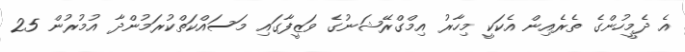
އެ ދެމީހުންގެ ތެރެއިން އެކަކީ މިހާރު އިމްގްރޭޝަނުގެ ވަޒީފާގައި މަސައްކަތްކުރަމުންދާ އުމުރުން 25